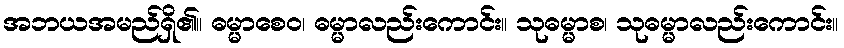
အဘယအမည်ရှိ၏။ ဓမ္မာစေဝ၊ ဓမ္မာလည်းကောင်း။ သုဓမ္မာစ၊ သုဓမ္မာလည်းကောင်း။